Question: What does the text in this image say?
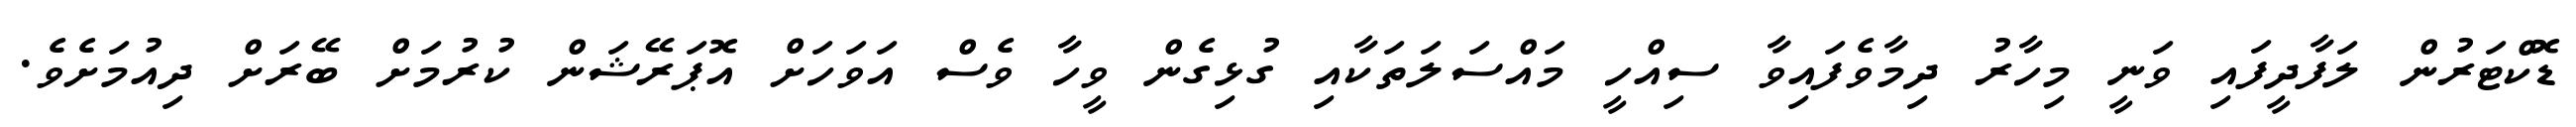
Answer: ޑޮކްޓަރުން ލަފާދީފައި ވަނީ މިހާރު ދިމާވެފައިވާ ސިއްހީ މައްސަލަތަކާއި ގުޅިގެން ވީހާ ވެސް އަވަހަށް އޮޕަރޭޝަން ކުރުމަށް ބޭރަށް ދިއުމަށެވެ.